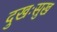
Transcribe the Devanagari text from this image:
दुखःसुख